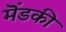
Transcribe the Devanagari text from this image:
मॆंडकी